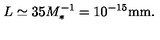
L \simeq 3 5 M _ { * } ^ { - 1 } = 1 0 ^ { - 1 5 } \mathrm { m m } .